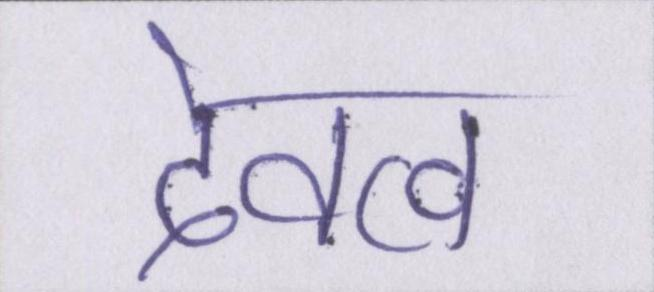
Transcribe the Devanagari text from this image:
देवत्व